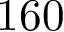
1 6 0